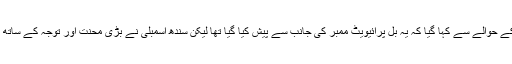
سینئر وزیر پارلیمانی امور نثار احمد کھوڑو نے اقلیتوں سے متعلق اس بل کے حوالے سے کہا گیا کہ یہ بل پرائیویٹ ممبر کی جانب سے پیش کیا گیا تھا لیکن سندھ اسمبلی نے بڑی محنت اور توجہ کے ساتھ اسے متفقہ طور پر منظور کیا ، جس پر پورا ایوان مبارکباد کا مستحق ہے ۔